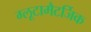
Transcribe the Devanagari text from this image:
ग्लूटामैटर्जिक